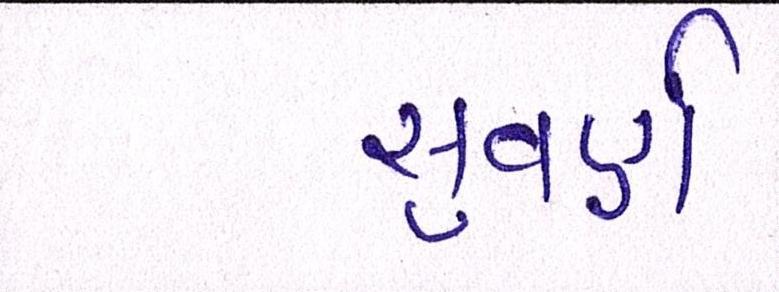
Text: સુવર્ણ